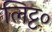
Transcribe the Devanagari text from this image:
लिट्ट०